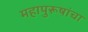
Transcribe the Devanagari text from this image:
महापुरूषांचा